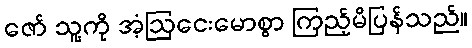
ဇော် သူ့ကို အံ့ဩငေးမောစွာ ကြည့်မိပြန်သည်။